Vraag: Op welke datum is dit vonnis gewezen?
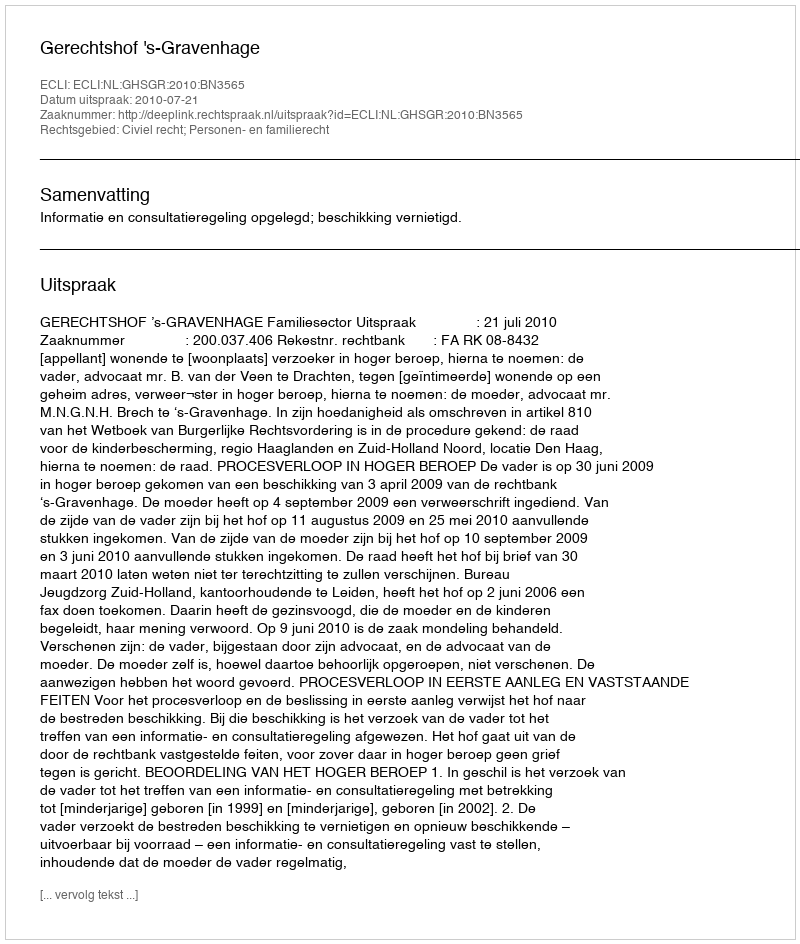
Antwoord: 2010-07-21